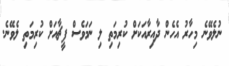
ނުލެވޭނެ މިހާރު އެހެން ދާއިރާއަކަށް ކުރިމަތި ލި ނަމަވެސް ފީޗާއަށް ކުރިމަތި ލެވޭނެ.